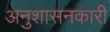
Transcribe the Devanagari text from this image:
अनुशासनकारी